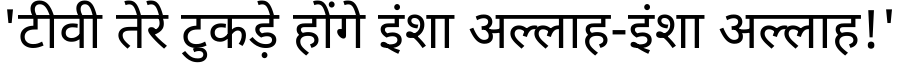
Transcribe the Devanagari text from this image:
'टीवी तेरे टुकड़े होंगे इंशा अल्लाह-इंशा अल्लाह!'